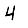
Digit: 4